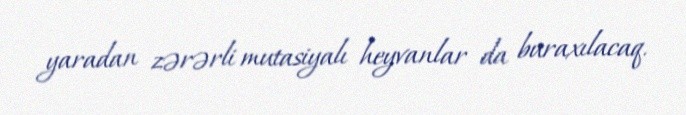
yaradan zərərli mutasiyalı heyvanlar da buraxılacaq.